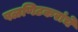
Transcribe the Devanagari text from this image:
पळणिटकरांचे